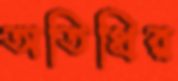
অতিথির